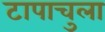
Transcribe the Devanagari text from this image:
टापाचुला